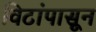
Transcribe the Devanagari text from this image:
विटांपासून